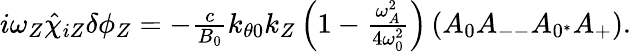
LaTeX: \begin{array}{r}{i\omega_{Z}\hat{\chi}_{iZ}\delta\phi_{Z}=-\frac{c}{B_{0}}k_{\theta 0}k_{Z}\left(1-\frac{\omega_{A}^{2}}{4\omega_{0}^{2}}\right)\left(A_{0}A_{--}A_{0^{*}}A_{+}\right).}\end{array}